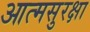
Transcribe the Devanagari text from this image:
आत्मसुरक्षा